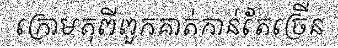
ក្រោមតុពីពួកគាត់កាន់តែច្រើន